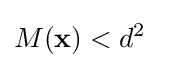
M(\mathbf {x} )<d^{2}\quad